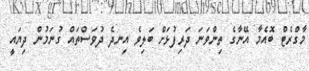
މާގްރެޓް ބޮއެމާ އޭނާގެ ތިންވަނަ ދަރިފުޅަށް ބަލިވެ އިނދެ ދުވަސްތައް ގުނަމުން ދިޔައީ